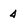
Character: 4